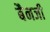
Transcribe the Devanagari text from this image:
बैनजी